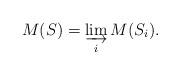
LaTeX: \begin{align*}M(S) = \varinjlim_i M(S_i).\end{align*}